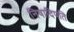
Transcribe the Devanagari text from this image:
निषादिपति